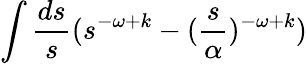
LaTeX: \int{\frac{ds}{s}}(s^{-\omega+k}-({\frac{s}{\alpha}})^{-\omega+k})